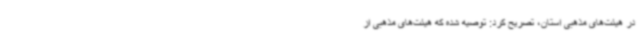
در هیئت‌های مذهبی استان، تصریح کرد: توصیه شده که هیئت‌های مذهبی از